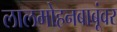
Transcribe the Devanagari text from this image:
लालमोहनबाबूंवर